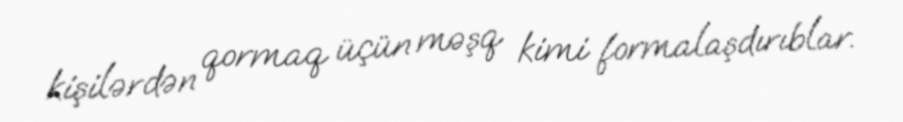
kişilərdən qormaq üçün məşq kimi formalaşdırıblar.